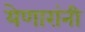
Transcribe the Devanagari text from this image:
येणारांनी